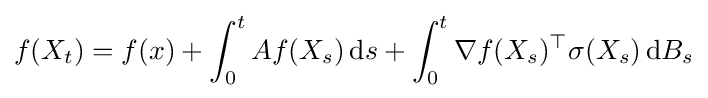
f(X_{t})=f(x)+\int _{0}^{t}Af(X_{s})\,\mathrm {d} s+\int _{0}^{t}\nabla f(X_{s})^{\top }\sigma (X_{s})\,\mathrm {d} B_{s}